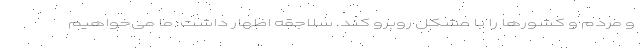
و مردم و کشورها را با مشکل روبرو کند. سلاجقه اظهار داشت: ما می‌خواهیم